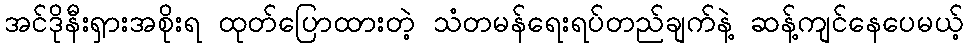
အင်ဒိုနီးရှားအစိုးရ ထုတ်ပြောထားတဲ့ သံတမန်ရေးရပ်တည်ချက်နဲ့ ဆန့်ကျင်နေပေမယ့်